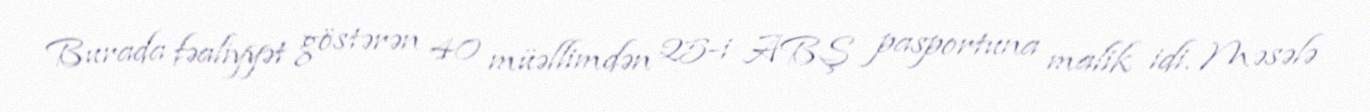
Burada fəaliyyət göstərən 40 müəllimdən 25-i ABŞ pasportuna malik idi. Məsələ